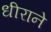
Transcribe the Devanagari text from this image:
धीराने